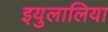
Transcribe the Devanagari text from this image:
इयुलालिया